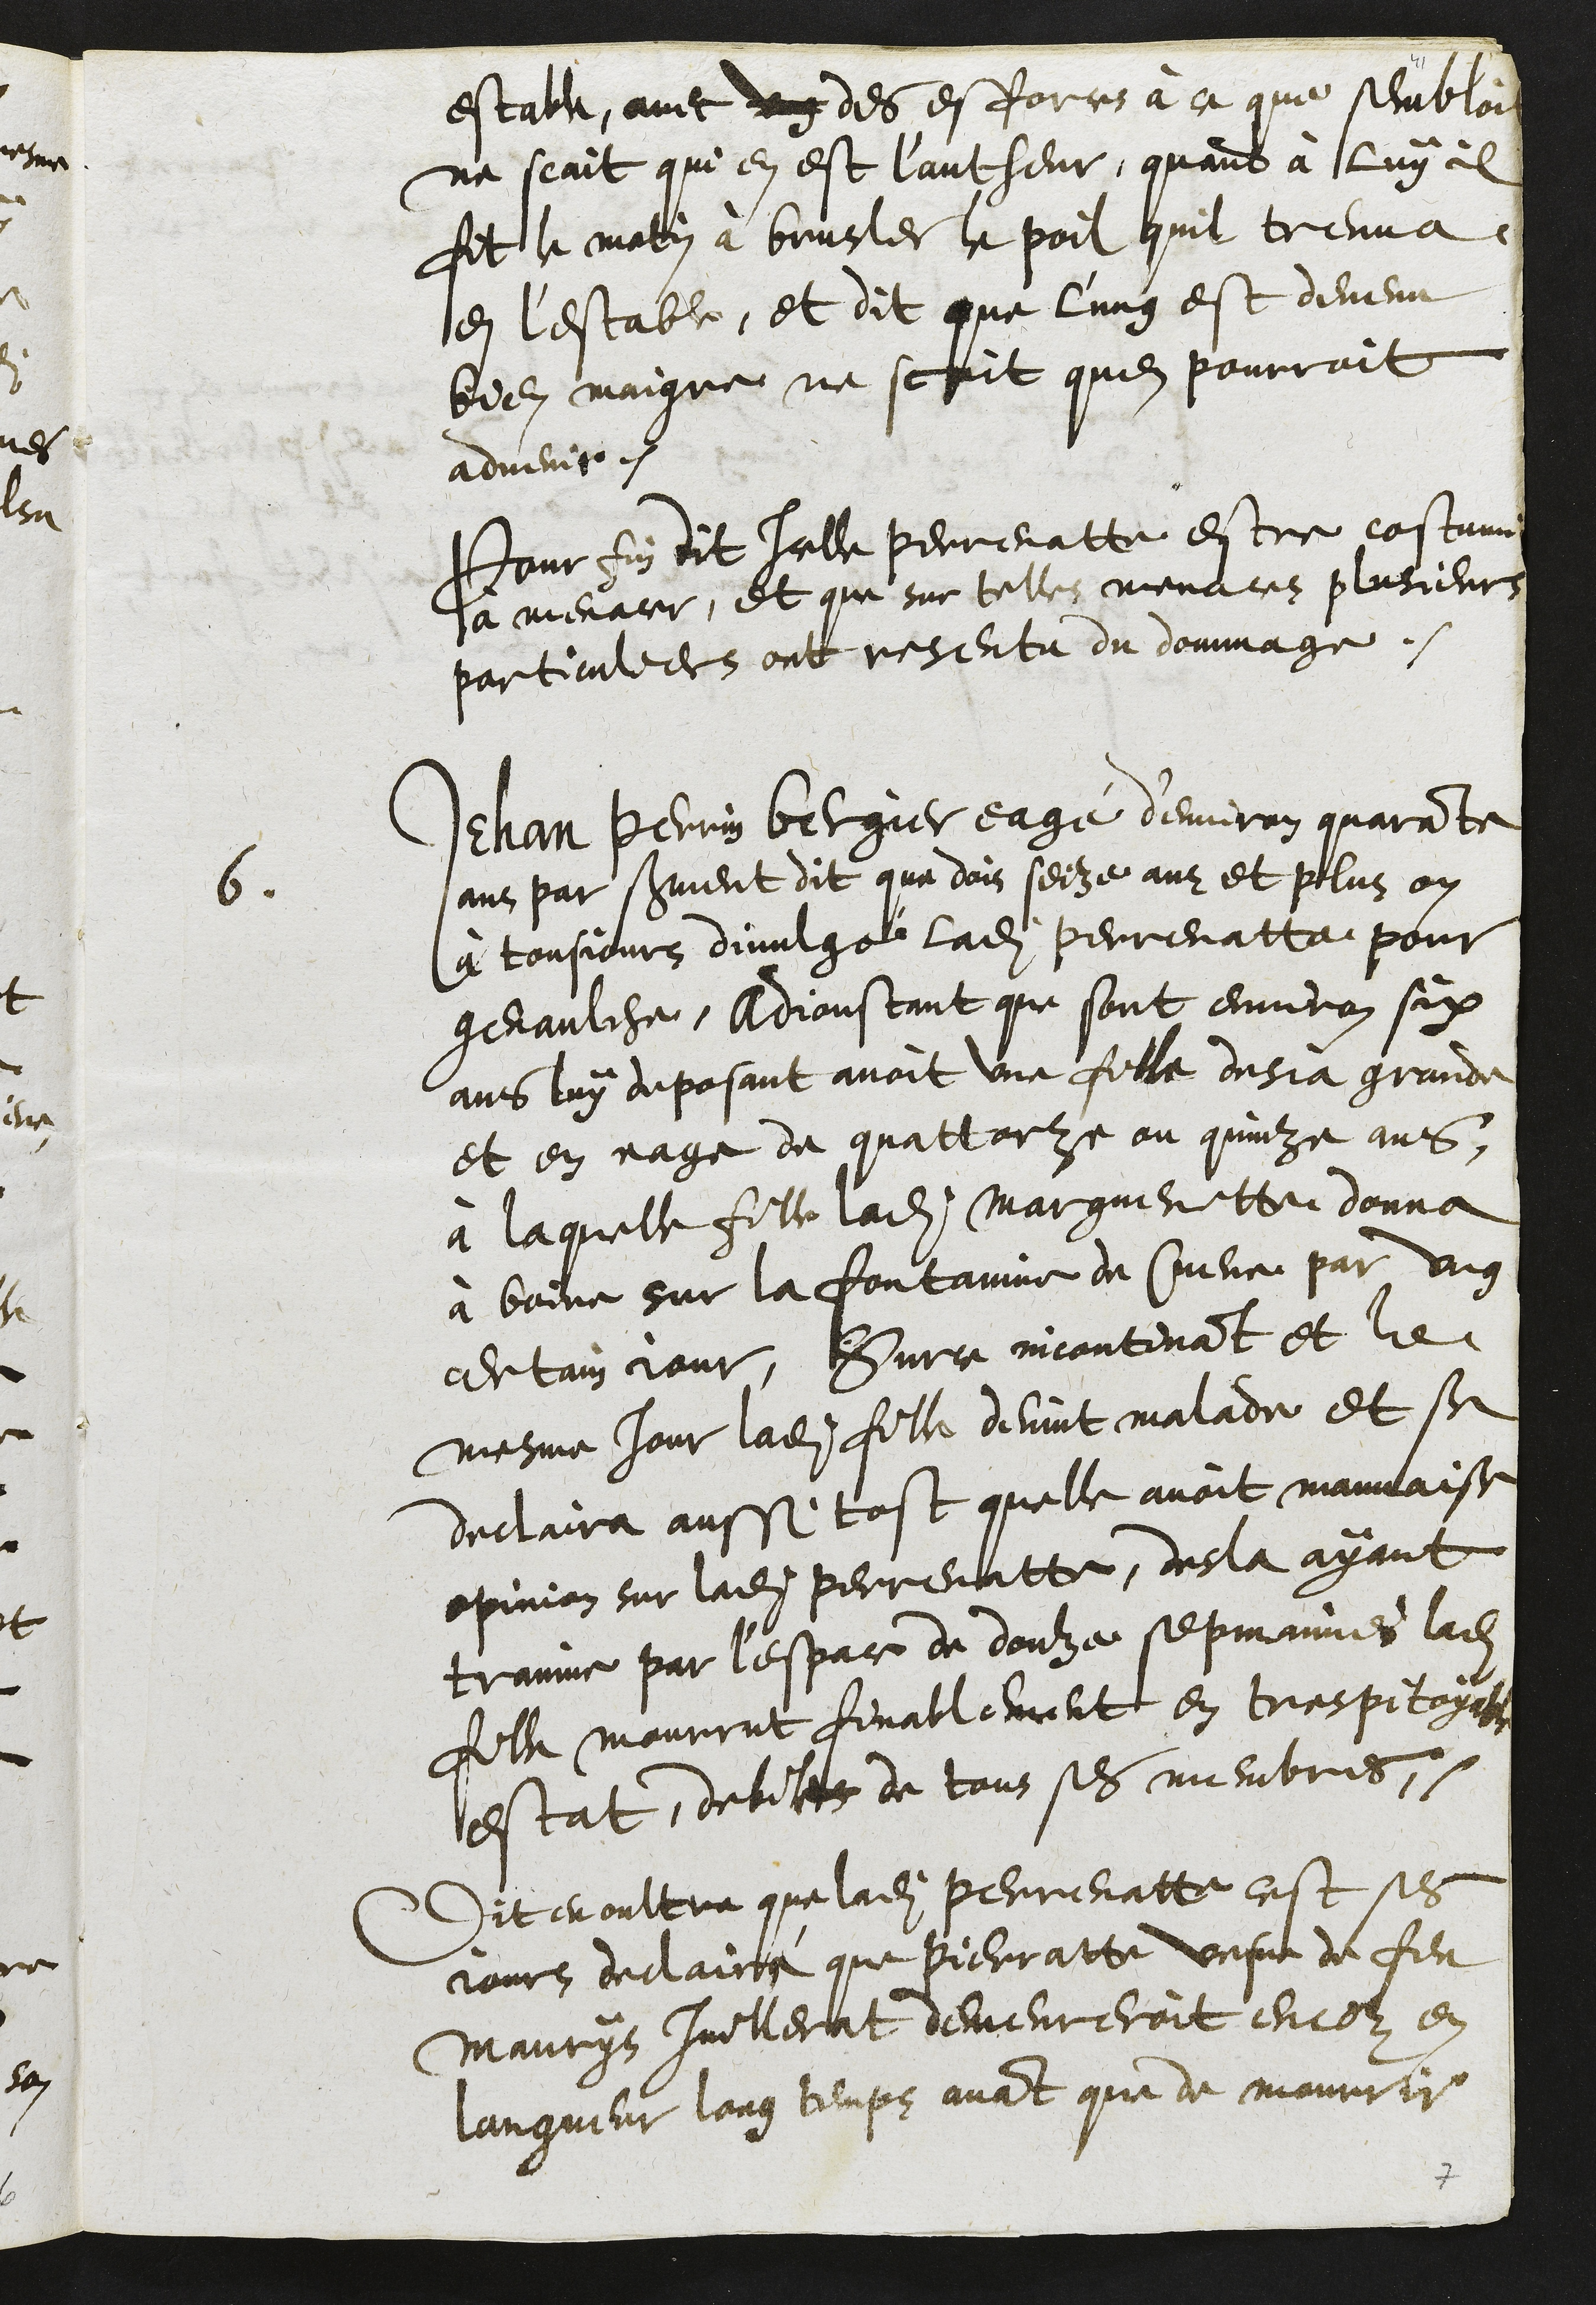
estable, avec ung des esforces à ce que sembloit
ne scait qui en est l'autheur, quand à luy il
fit le matin à brusler le poil quil treuva
en lestable, et dit que l'ung est devenu
bien maigre, ne scait quen pourroit
advenir.
Pour fin dit Icelle perrenatte estre costumiere
à menacer, et que sur telle menaces plusieurs
particuliers ont resentu du dommage.
6
Jehan Perrin bergier eagé d'environ quarante
ans par serment dit que dois seize ans et plus on
à tousjours divulgé ladite Perrenatte pour
genaulche. Adjoustant que sont environ six
ans luy deposant avoit une fille desja grande
et en eage de quattorze ou quinze ans,
à laquelle fille ladite Margueritte donna
à boire sur la fontainne de Cueve par ung
certain jour, Surce incontinant et le
mesme jour ladite fille devint malade et se
declaira aussi tost quelle avoit mauvaise
opinion sur ladite Perrenatte, desla ayant
trainne par l'espace de douze sepmaines ladite
fille mourrut finablement en tres pitoyable
estat, debile de tous ses membres,
Dit en oultre que ladite Perrenatte cest ses
jours declairé que Pierratte vesve de feu
Maurys Juillerat demeureroit encor en
langueur long temps avant que de mourrir

7